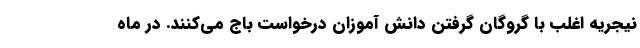
نیجریه اغلب با گروگان گرفتن دانش آموزان درخواست باج می‌کنند. در ماه